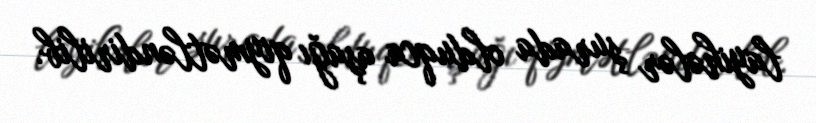
layihələr şurada olduqca aşağı qiymətləndirilib.